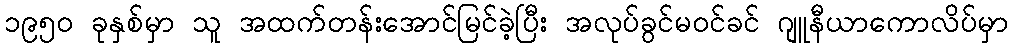
၁၉၅၀ ခုနှစ်မှာ သူ အထက်တန်းအောင်မြင်ခဲ့ပြီး အလုပ်ခွင်မဝင်ခင် ဂျူနီယာကောလိပ်မှာ